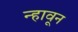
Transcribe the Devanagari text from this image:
न्हावून